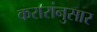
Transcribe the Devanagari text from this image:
करारांनुसार